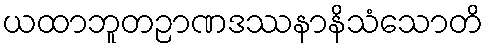
ယထာဘူတဉာဏဒဿနာနိသံသောတိ